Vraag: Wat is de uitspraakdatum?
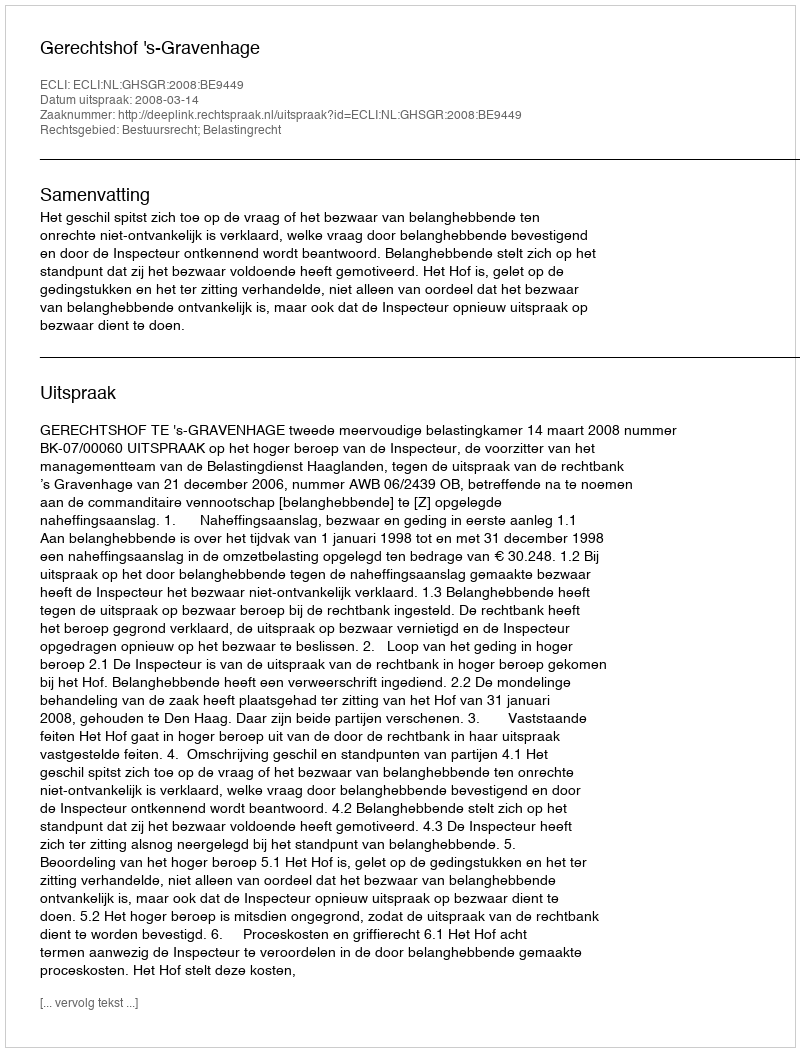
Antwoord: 2008-03-14